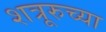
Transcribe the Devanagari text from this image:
शत्रूरुच्या